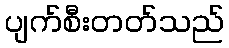
ပျက်စီးတတ်သည်